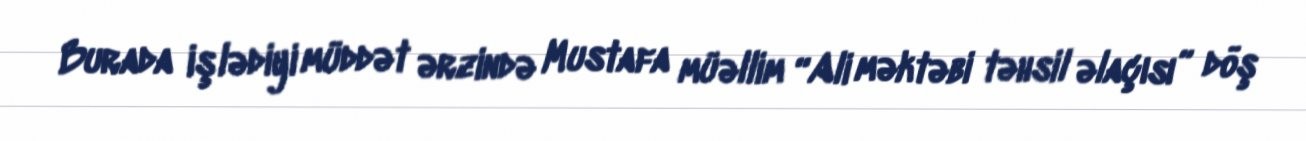
Burada işlədiyi müddət ərzində Mustafa müəllim “Ali məktəbi təhsil əlaçısı” döş